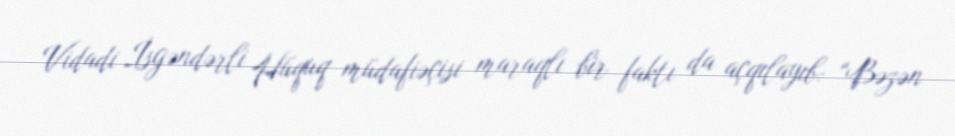
Vidadi İsgəndərli Hüquq müdafiəçisi maraqlı bir faktı da açqılayıb: “Bəzən